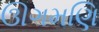
ઊગમણિ